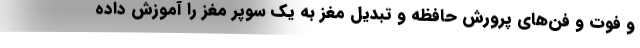
و فوت و فن‌های پرورش حافظه و تبدیل مغز به یک سوپر مغز را آموزش داده